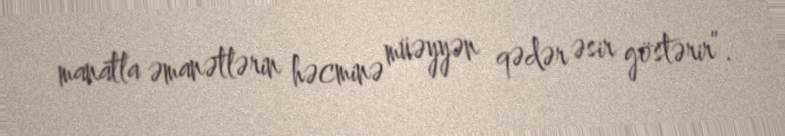
manatla əmanətlərin həcminə müəyyən qədər əsir göstərir”.